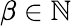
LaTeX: \beta\in\mathbb N